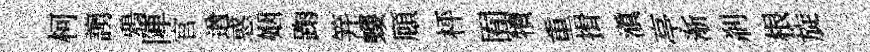
柯謭鴉陣官遒惑姻踘笄螻頋枰囿犢重揖滇亭渐刹根旋